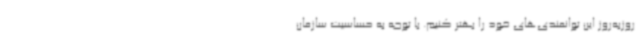
روزبه‌روز این توانمندی‌های خود را بهتر کنیم. با توجه به حساسیت سازمان